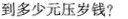
到多少元压岁钱?